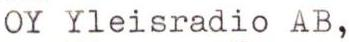
OY Yleisradio AB,